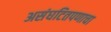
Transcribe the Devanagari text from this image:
असंघटितपणाचा